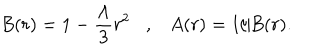
LaTeX: B ( r ) = 1 - { \frac { \Lambda } { 3 } } r ^ { 2 } , A ( r ) = 1 / B ( r ) .